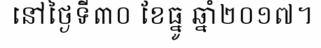
នៅថ្ងៃទី៣០ ខែធ្នូ ឆ្នាំ២០១៧។